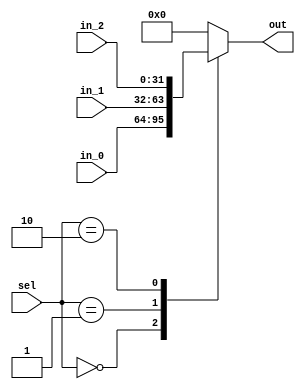
module Mux_3_1 #(parameter WIDTH = 32)
  (
    input [WIDTH - 1 : 0] in_0,
    input [WIDTH - 1 : 0] in_1,
    input [WIDTH - 1 : 0] in_2,
    input [1:0] sel,

    output reg [WIDTH - 1 : 0] out
  );


 always@(*) begin
    case(sel) 
    0: out = in_0;
    1: out = in_1;
    2: out = in_2;
    default: out = {WIDTH{1'b0}};
    endcase
 end

endmodule